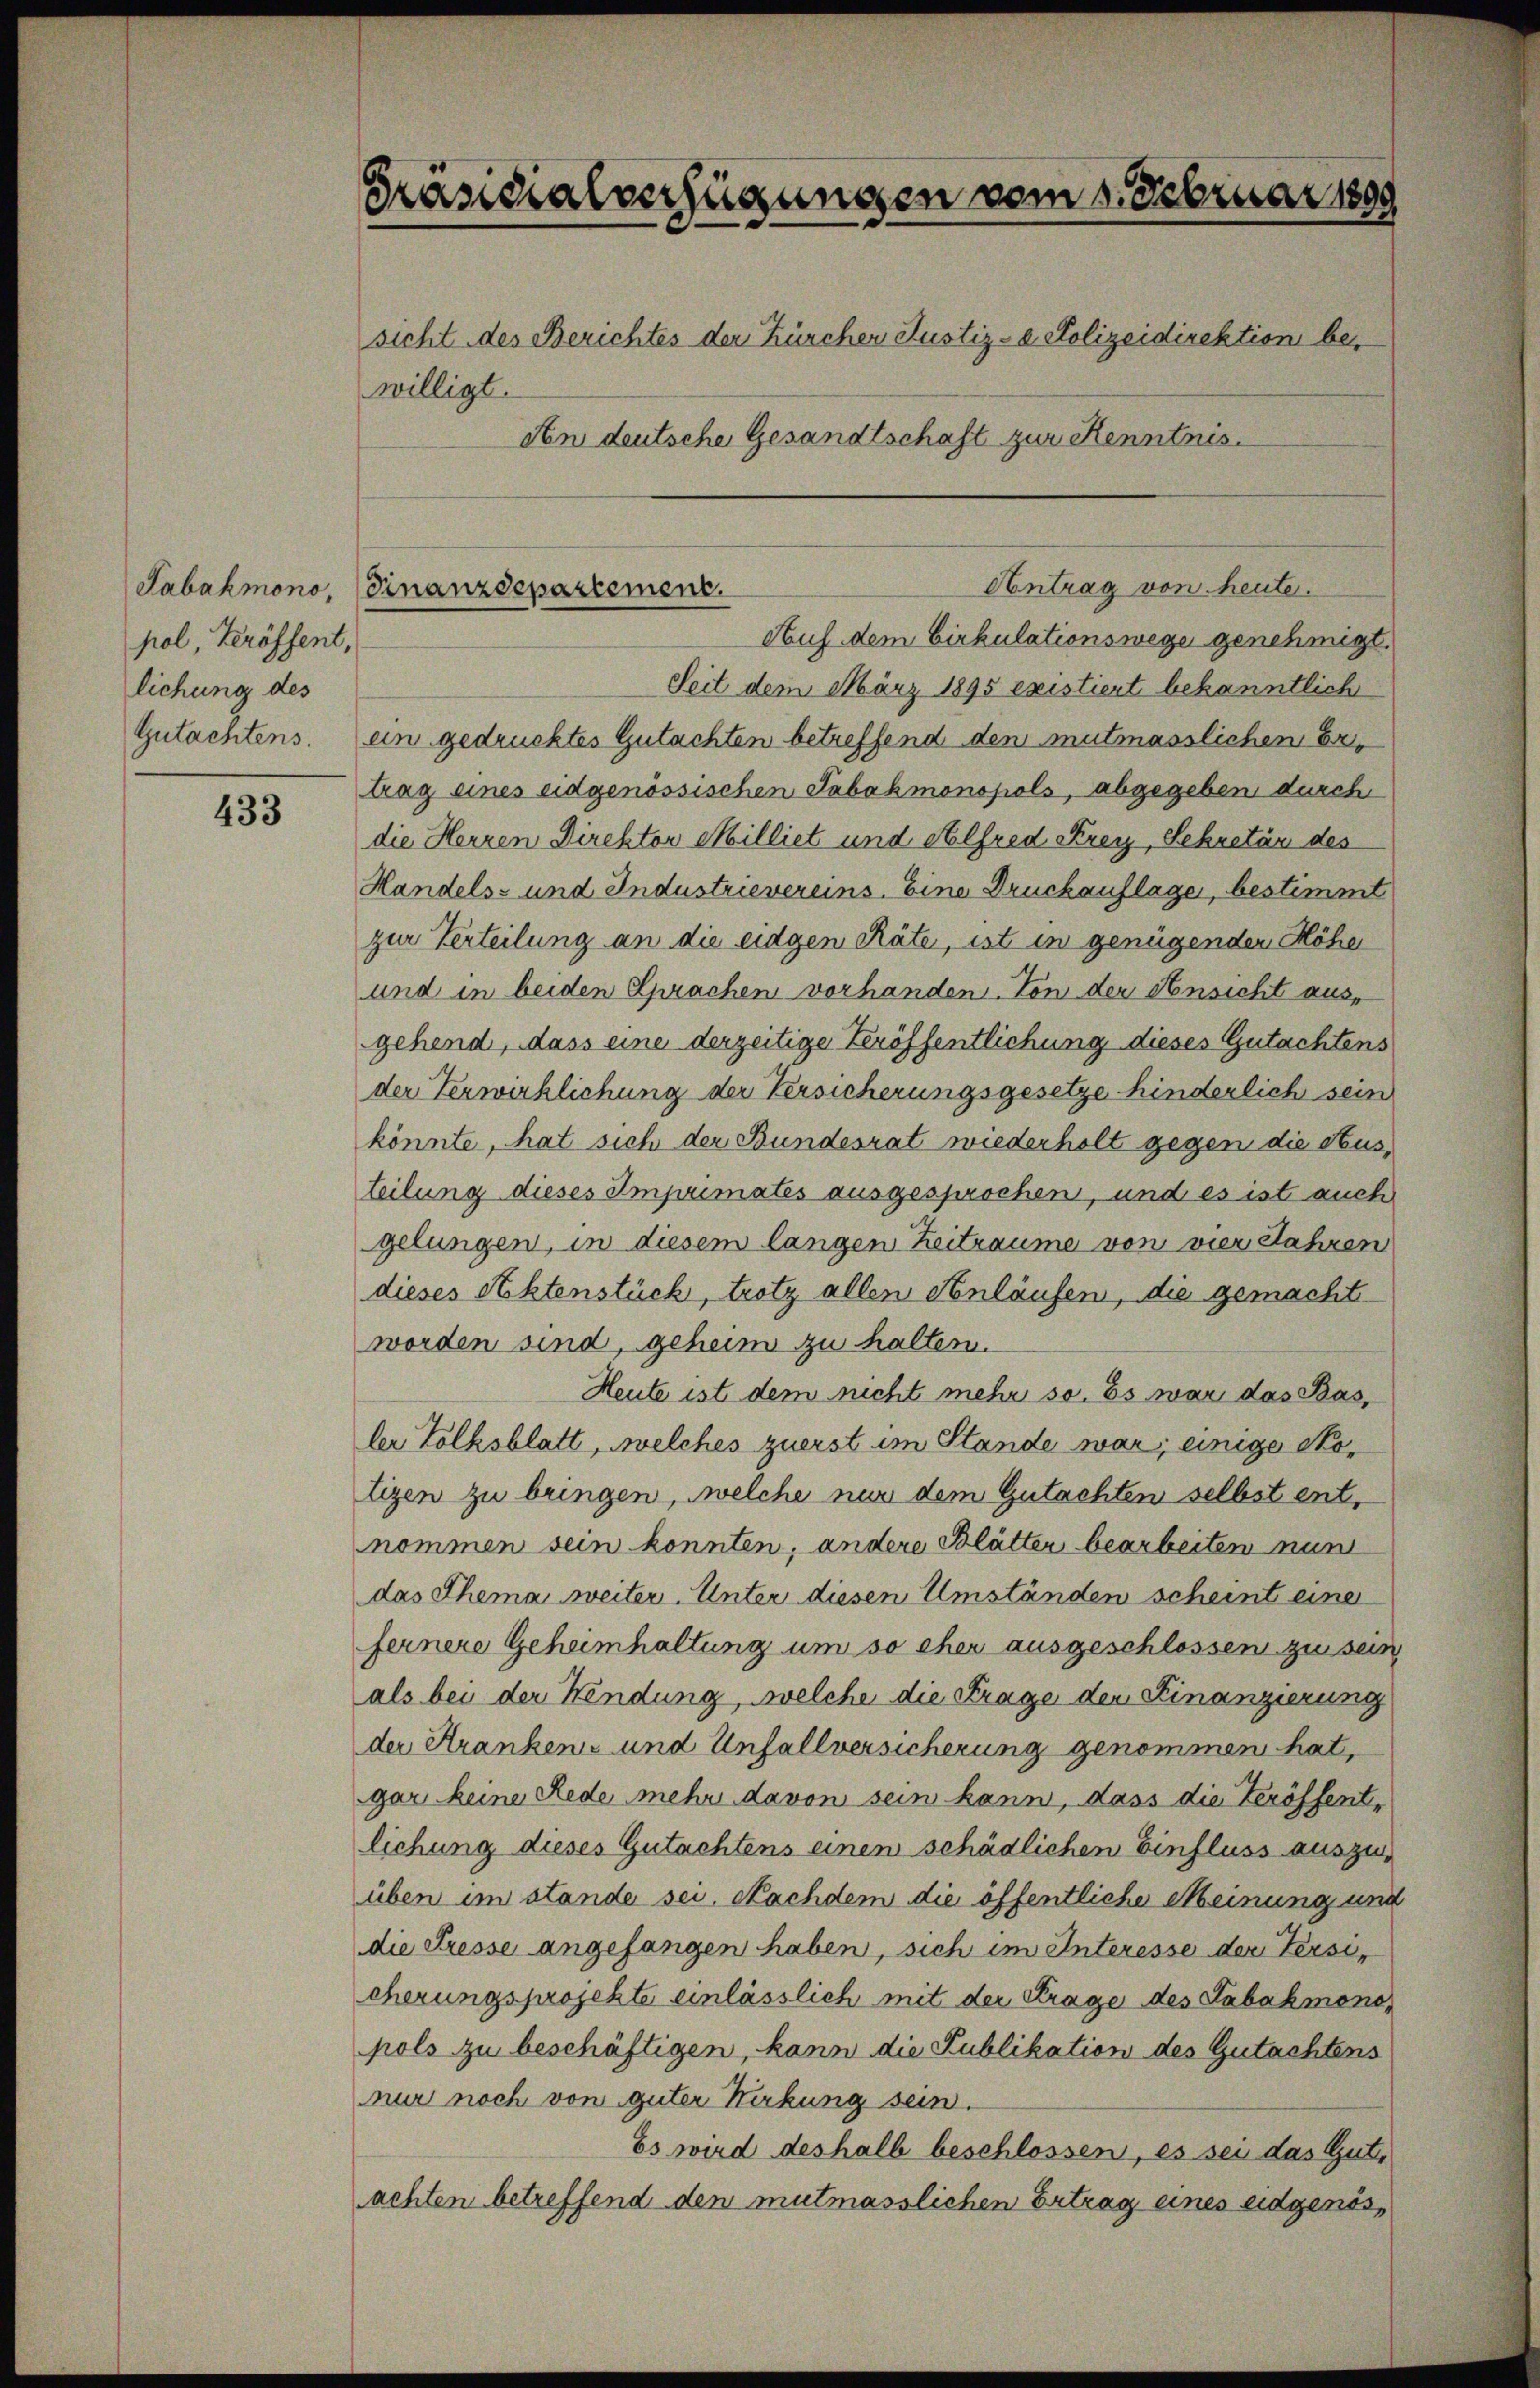
pol, Veröffent,
lichung des

433

Präsidialverfügungen vom 1. Februar 1899
sicht des Berichtes der Kürcher Justiz- & Polizeidirektion bewilligt.
den deutsche Gesandtschaft zur Kenntnis.

Seit dem März 1895 existiert bekanntlich
Gutachtens. ein gedrucktes Gutachten betreffend den mutmasslichen Ertrag eines eidgenössischen Tabakmonopols, abgegeben durch
die Herren Direktor Milliet und Alfred Frey, Sekretär des
Handels- und Industrievereins. Eine Druckauflage, bestimmt
zur Verteilung an die eidgen Räte, ist in genügenden Höhe
und in beiden Sprachen vorhanden. Von der Ansicht ausgehend, dass eine derzeitige Veröffentlichung dieses Gutachtens
der Verwirklichung der Versicherungsgesetze hinderlich sein
könnte, hat sich der Bundesrat wiederholt gegen die Austeilung dieses Imprimates ausgesprochen, und es ist auch
gelungen, in diesem langen Zeitraume von vier Jahren
dieses Achtenstück, trotz allen Anläufen, die gemacht
worden sind, geheim zu halten.
Heute ist dem nicht mehr so. Es war das Basler Volksblatt, welches zuerst im Stande war; einige Motizen zu bringen, welche nur dem Gutachten selbst entnommen sein konnten, andere Blätter bearbeiten nun
das Thema weiter. Unter diesen Umständen scheint eine
fernere Geheimhaltung um so eher ausgeschlossen zu sein
als bei der Hendung, welche die Frage der Finanzierung
der Kranken- und Unfallversicherung genommen hat,
gar keine Rede mehr davon sein kann, dass die Veröffentlichung dieses Gutachtens einen schädlichen Einfluss auszuüben im stande sei. Nachdem die öffentliche Meinung und
die Presse angefangen haben, sich im Interesse der Versicherungsprojekte einlässlich mit der Frage des Tabakmenopols zu beschäftigen, kann die Publikation des Gutachtens
nur noch von guter Kirkung sein.
Es wird deshalb beschlossen, es sei das Gutachten betreffend den mutmasslichen Ertrag eines eidgenös¬

Antrag von heute.
Sabakmono, (Finanzdepartement.
Auf dem Cirkulationswege genehmigt.